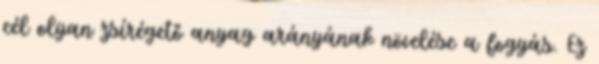
cél olyan zsírégető anyag arányának növelése a fogyás. Ez